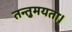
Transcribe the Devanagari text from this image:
तन्तुमयता।